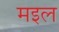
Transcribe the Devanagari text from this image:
मइल